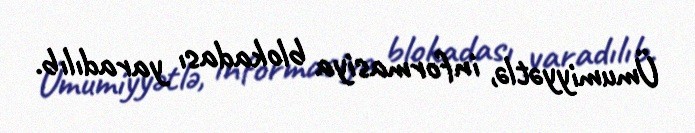
Ümumiyyətlə, informasiya blokadası yaradılıb.